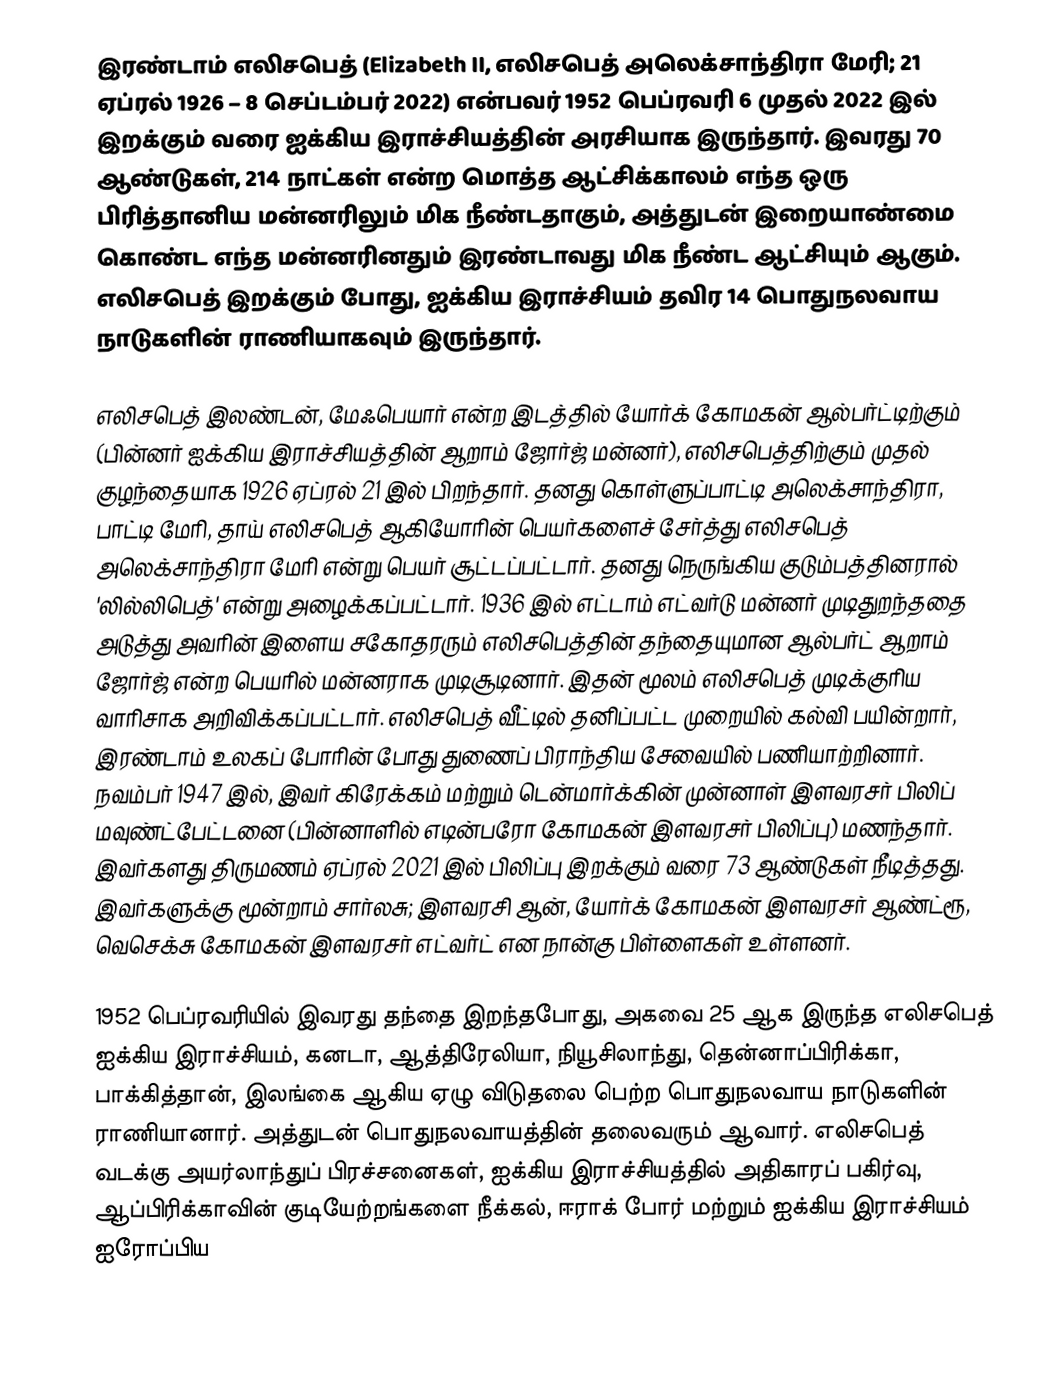
இரண்டாம் எலிசபெத் (Elizabeth II, எலிசபெத் அலெக்சாந்திரா மேரி; 21 ஏப்ரல் 1926 – 8 செப்டம்பர் 2022) என்பவர் 1952 பெப்ரவரி 6 முதல் 2022 இல் இறக்கும் வரை ஐக்கிய இராச்சியத்தின் அரசியாக இருந்தார். இவரது 70 ஆண்டுகள், 214 நாட்கள் என்ற மொத்த ஆட்சிக்காலம் எந்த ஒரு பிரித்தானிய மன்னரிலும் மிக நீண்டதாகும், அத்துடன் இறையாண்மை கொண்ட எந்த மன்னரினதும் இரண்டாவது மிக நீண்ட ஆட்சியும் ஆகும். எலிசபெத் இறக்கும் போது, ஐக்கிய இராச்சியம் தவிர 14 பொதுநலவாய நாடுகளின் ராணியாகவும் இருந்தார்.

எலிசபெத் இலண்டன், மேஃபெயார் என்ற இடத்தில் யோர்க் கோமகன் ஆல்பர்ட்டிற்கும் (பின்னர் ஐக்கிய இராச்சியத்தின் ஆறாம் ஜோர்ஜ் மன்னர்), எலிசபெத்திற்கும் முதல் குழந்தையாக 1926 ஏப்ரல் 21 இல் பிறந்தார். தனது கொள்ளுப்பாட்டி அலெக்சாந்திரா, பாட்டி மேரி, தாய் எலிசபெத் ஆகியோரின் பெயர்களைச் சேர்த்து எலிசபெத் அலெக்சாந்திரா மேரி என்று பெயர் சூட்டப்பட்டார். தனது நெருங்கிய குடும்பத்தினரால் 'லில்லிபெத்' என்று அழைக்கப்பட்டார். 1936 இல் எட்டாம் எட்வர்டு மன்னர் முடிதுறந்ததை அடுத்து அவரின் இளைய சகோதரரும் எலிசபெத்தின் தந்தையுமான ஆல்பர்ட் ஆறாம் ஜோர்ஜ் என்ற பெயரில் மன்னராக முடிசூடினார். இதன் மூலம் எலிசபெத் முடிக்குரிய வாரிசாக அறிவிக்கப்பட்டார். எலிசபெத் வீட்டில் தனிப்பட்ட முறையில் கல்வி பயின்றார், இரண்டாம் உலகப் போரின் போது துணைப் பிராந்திய சேவையில் பணியாற்றினார். நவம்பர் 1947 இல், இவர் கிரேக்கம் மற்றும் டென்மார்க்கின் முன்னாள் இளவரசர் பிலிப் மவுண்ட்பேட்டனை (பின்னாளில் எடின்பரோ கோமகன் இளவரசர் பிலிப்பு) மணந்தார். இவர்களது திருமணம் ஏப்ரல் 2021 இல் பிலிப்பு இறக்கும் வரை 73 ஆண்டுகள் நீடித்தது. இவர்களுக்கு மூன்றாம் சார்லசு; இளவரசி ஆன், யோர்க் கோமகன் இளவரசர் ஆண்ட்ரூ, வெசெக்சு கோமகன் இளவரசர் எட்வர்ட் என நான்கு பிள்ளைகள் உள்ளனர்.

1952 பெப்ரவரியில் இவரது தந்தை இறந்தபோது, அகவை 25 ஆக இருந்த எலிசபெத் ஐக்கிய இராச்சியம், கனடா, ஆத்திரேலியா, நியூசிலாந்து, தென்னாப்பிரிக்கா, பாக்கித்தான், இலங்கை ஆகிய ஏழு விடுதலை பெற்ற பொதுநலவாய நாடுகளின் ராணியானார். அத்துடன் பொதுநலவாயத்தின் தலைவரும் ஆவார். எலிசபெத் வடக்கு அயர்லாந்துப் பிரச்சனைகள், ஐக்கிய இராச்சியத்தில் அதிகாரப் பகிர்வு, ஆப்பிரிக்காவின் குடியேற்றங்களை நீக்கல், ஈராக் போர் மற்றும் ஐக்கிய இராச்சியம் ஐரோப்பிய